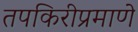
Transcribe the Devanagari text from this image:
तपकिरीप्रमाणे